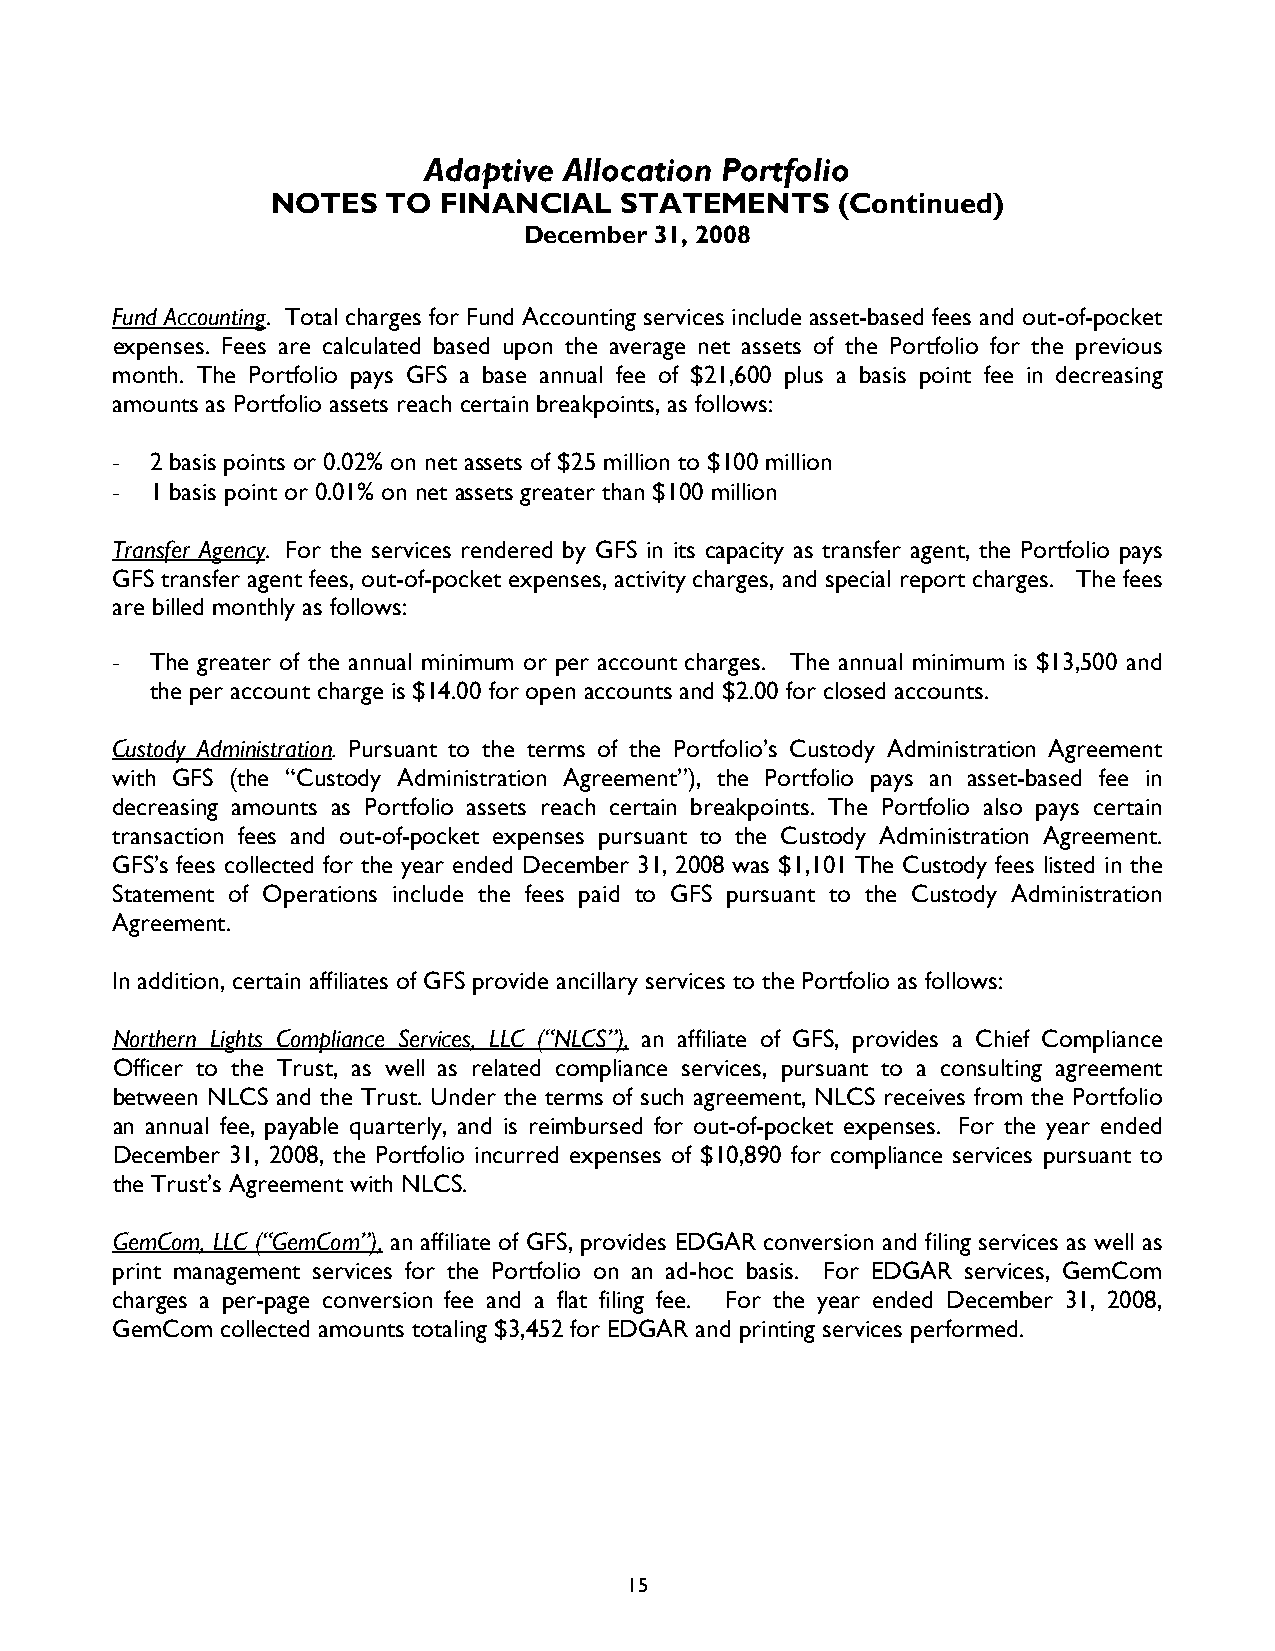
Adaptive Allocation Portfolio
 NOTES   TO FINANCIAL   STATEMENTS    (Continued)
 December 31, 2008
 Fund Accounting. Total charges for Fund Accounting services include asset-based fees and out-of-pocket
 expenses. Fees are calculated based upon the average net assets of the Portfolio for the previous
 month. The Portfolio pays GFS a base annual fee of $21,600 plus a basis point fee in decreasing
 amounts as Portfolio assets reach certain breakpoints, as follows:
 -  2 basis points or 0.02% on net assets of $25 million to $100 million
 -  1 basis point or 0.01% on net assets greater than $100 million
 Transfer Agency. For the services rendered by GFS in its capacity as transfer agent, the Portfolio pays
 GFS transfer agent fees, out-of-pocket expenses, activity charges, and special report charges. The fees
 are billed monthly as follows:
 -  The greater of the annual minimum or per account charges. The annual minimum is $13,500 and
 the per account charge is $14.00 for open accounts and $2.00 for closed accounts.
 Custody Administration. Pursuant to the terms of the Portfolio’s Custody Administration Agreement
 with GFS (the “Custody Administration Agreement”), the Portfolio pays an asset-based fee in
 decreasing amounts as Portfolio assets reach certain breakpoints. The Portfolio also pays certain
 transaction fees and out-of-pocket expenses pursuant to the Custody Administration Agreement.
 GFS’s fees collected for the year ended December 31, 2008 was $1,101 The Custody fees listed in the
 Statement of Operations include the fees paid to GFS pursuant to the Custody Administration
 Agreement.
 In addition, certain affiliates of GFS provide ancillary services to the Portfolio as follows:
 Northern Lights Compliance Services, LLC (“NLCS”), an affiliate of GFS, provides a Chief Compliance
 Officer to the Trust, as well as related compliance services, pursuant to a consulting agreement
 between NLCS and the Trust. Under the terms of such agreement, NLCS receives from the Portfolio
 an annual fee, payable quarterly, and is reimbursed for out-of-pocket expenses. For the year ended
 December 31, 2008, the Portfolio incurred expenses of $10,890 for compliance services pursuant to
 the Trust’s Agreement with NLCS.
 GemCom, LLC (“GemCom”), an affiliate of GFS, provides EDGAR conversion and filing services as well as
 print management services for the Portfolio on an ad-hoc basis. For EDGAR services, GemCom
 charges a per-page conversion fee and a flat filing fee. For the year ended December 31, 2008,
 GemCom  collected amounts totaling $3,452 for EDGAR and printing services performed.
 15